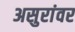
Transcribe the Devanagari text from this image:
असुरांवर